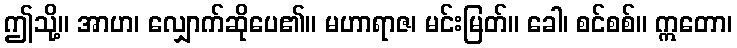
ဤသို့။ အာဟ၊ လျှောက်ဆိုပေ၏။ မဟာရာဇ၊ မင်းမြတ်။ ခေါ၊ စင်စစ်။ ဣတော၊